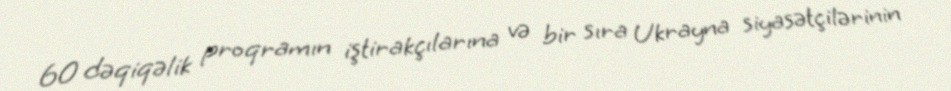
60 dəqiqəlik proqramın iştirakçılarına və bir sıra Ukrayna siyasətçilərinin